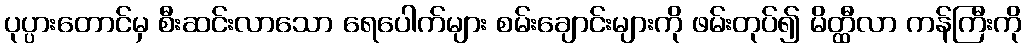
ပုပ္ပားတောင်မှ စီးဆင်းလာသော ရေပေါက်များ စမ်းချောင်းများကို ဖမ်းတုပ်၍ မိတ္ထီလာ ကန်ကြီးကို